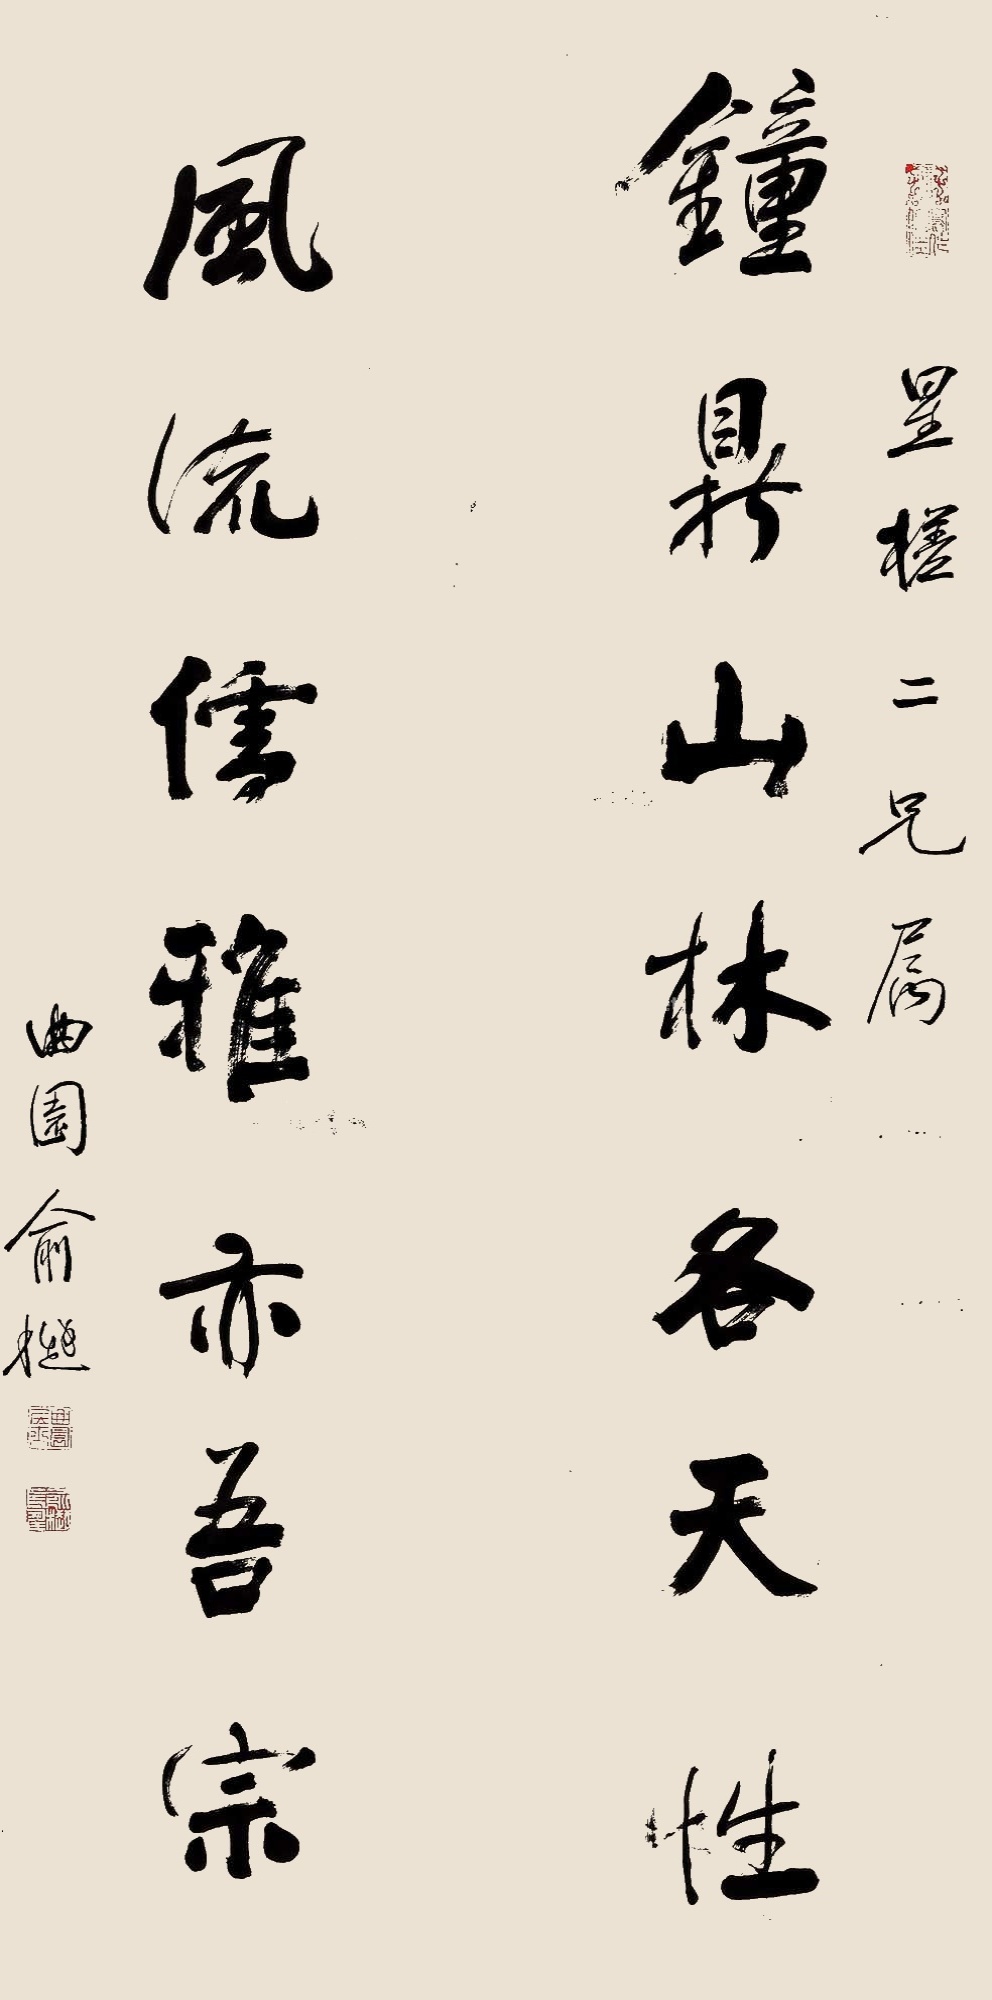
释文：钟鼎山林各天性，风流儒雅亦吾宗。星槎二兄属。曲园俞樾。